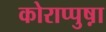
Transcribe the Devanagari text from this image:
कोराप्पुष़ा